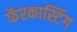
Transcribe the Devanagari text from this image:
फॅरकास्टिंग